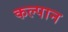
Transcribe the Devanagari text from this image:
कल्पान